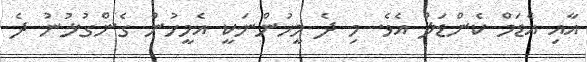
އާއި އެޑަމް ކެންޑަލް އެވެ. މި ދެ މީހުންނަކީ އެމީހުން ގެންގުޅުނު ދެ